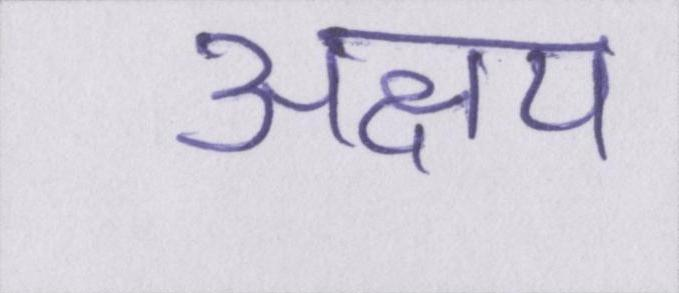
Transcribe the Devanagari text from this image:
अक्षय